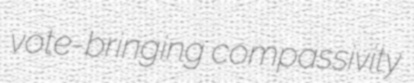
vote-bringing compassivity